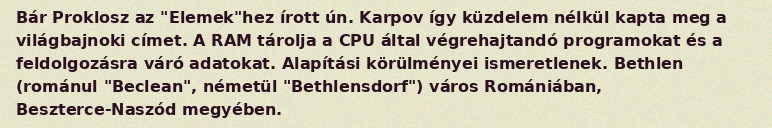
Bár Proklosz az "Elemek"hez írott ún. Karpov így küzdelem nélkül kapta meg a világbajnoki címet. A RAM tárolja a CPU által végrehajtandó programokat és a feldolgozásra váró adatokat. Alapítási körülményei ismeretlenek. Bethlen (románul "Beclean", németül "Bethlensdorf") város Romániában, Beszterce-Naszód megyében.